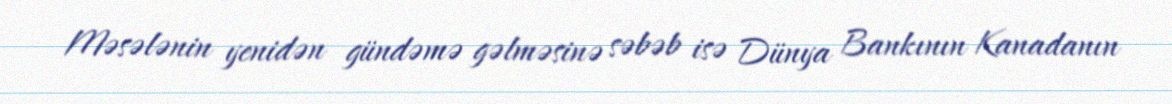
Məsələnin yenidən gündəmə gəlməsinə səbəb isə Dünya Bankının Kanadanın